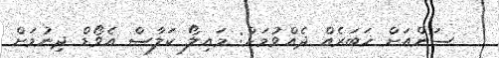
ސަންއަށް ޚަބަރެއް ދެއްވުމަށް: މައިލޯ ކަލާސް އެވޯޑް ދިނުމަށް